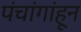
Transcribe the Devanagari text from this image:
पंचांगांहून